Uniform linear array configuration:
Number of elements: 32
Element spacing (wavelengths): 0.5
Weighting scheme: hamming
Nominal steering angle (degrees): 15
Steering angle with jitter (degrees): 15.891
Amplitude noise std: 0.05
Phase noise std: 0.05

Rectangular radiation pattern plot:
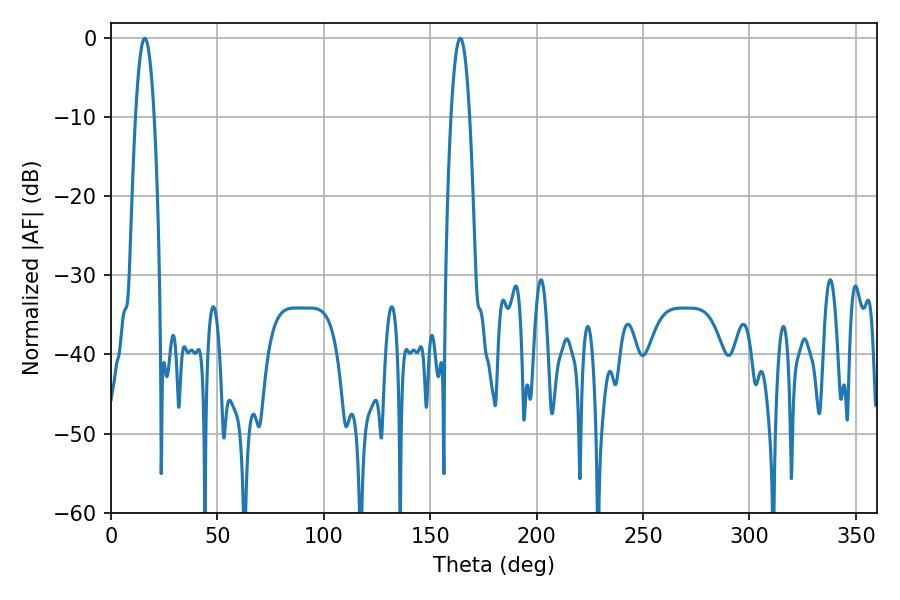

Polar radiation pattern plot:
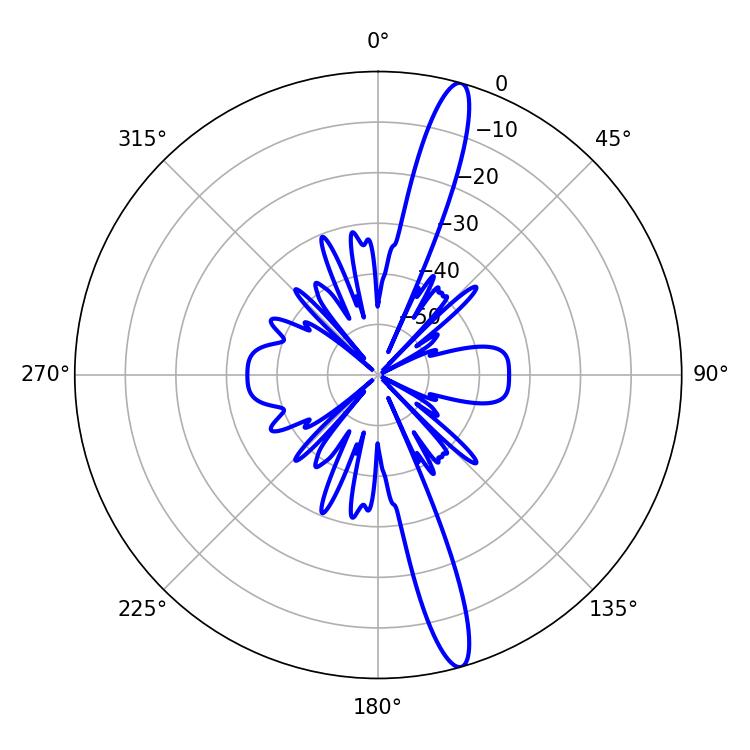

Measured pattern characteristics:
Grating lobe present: FALSE
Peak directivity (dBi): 16.047
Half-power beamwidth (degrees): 4.86
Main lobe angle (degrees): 15.84